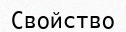
Свойство